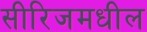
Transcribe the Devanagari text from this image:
सीरिजमधील